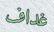
غداف